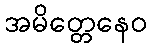
အမိတ္တေနေဝ